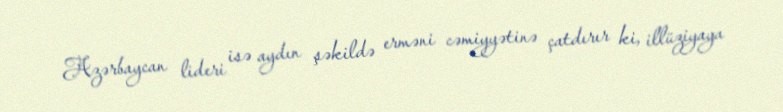
Azərbaycan lideri isə aydın şəkildə erməni cəmiyyətinə çatdırır ki, illüziyaya